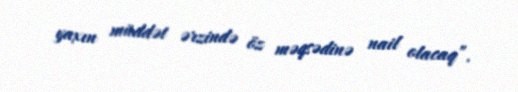
yaxın müddət ərzində öz məqsədinə nail olacaq”.